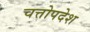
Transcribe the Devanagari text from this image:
चत्तोपदेश